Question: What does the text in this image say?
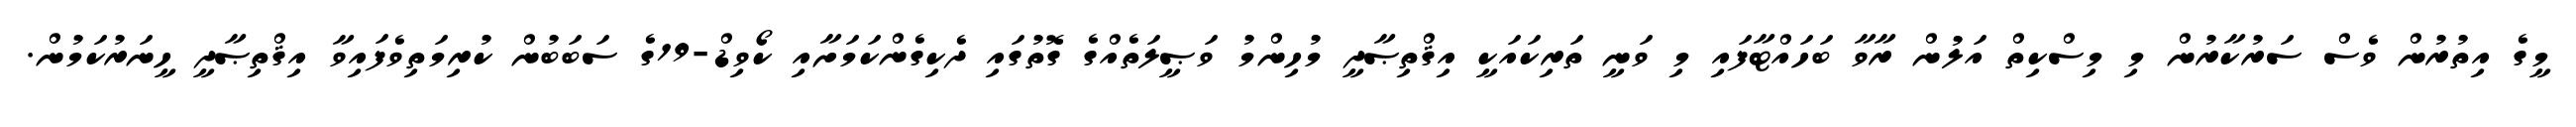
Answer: މީގެ އިތުރުން ވެސް ސަރުކާރުން މި މިސްކިތް އަލުން ރާވާ ބަހައްޓާފައި މި ވަނީ ތަރިކައަކީ އިޤްތިޞާދީ މުހިންމު ވަޞީލަތެއްގެ ގޮތުގައި ދެކިގެންކަމަށާއި ކޯވިޑް-19ގެ ސަބަބުން ކުރިމަތިވެފައިވާ އިޤްތިޞާދީ ހީނަރުކަމުން.